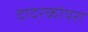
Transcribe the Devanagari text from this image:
दादरकोपरा